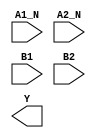
module sky130_fd_sc_ms__a2bb2oi (
    //# {{data|Data Signals}}
    input  A1_N,
    input  A2_N,
    input  B1  ,
    input  B2  ,
    output Y
);

    // Voltage supply signals
    supply1 VPWR;
    supply0 VGND;
    supply1 VPB ;
    supply0 VNB ;

endmodule